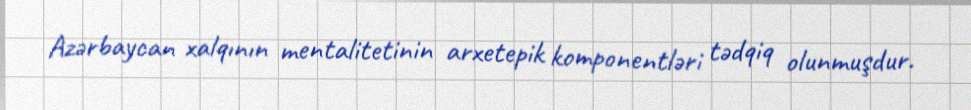
Azərbaycan xalqının mentalitetinin arxetepik komponentləri tədqiq olunmuşdur.